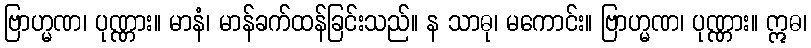
ဗြာဟ္မဏ၊ ပုဏ္ဏား။ မာနံ၊ မာန်ခက်ထန်ခြင်းသည်။ န သာဓု၊ မကောင်း။ ဗြာဟ္မဏ၊ ပုဏ္ဏား။ ဣဓ၊